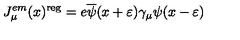
J _ { \mu } ^ { e m } ( x ) ^ { \mathrm { r e g } } = e \overline { { \psi } } ( x + \varepsilon ) \gamma _ { \mu } \psi ( x - \varepsilon )